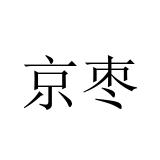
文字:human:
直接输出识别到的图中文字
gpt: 京枣